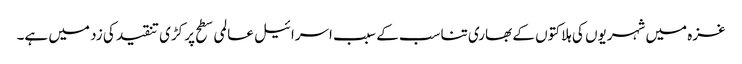
غزہ میں شہریوں کی ہلاکتوں کے بھاری تناسب کے سبب اسرائیل عالمی سطح پر کڑی تنقید کی زد میں ہے۔